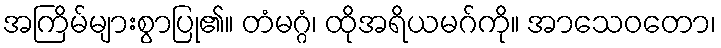
အကြိမ်များစွာပြု၏။ တံမဂ္ဂံ၊ ထိုအရိယမဂ်ကို။ အာသေဝတော၊